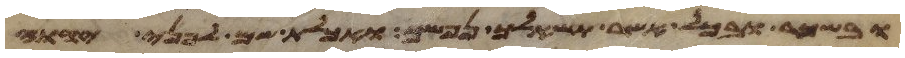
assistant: ובשכר ובכל אשר תשאלך נפשך ואכלת שם לפני יהוה